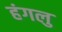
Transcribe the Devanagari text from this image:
हंगलु